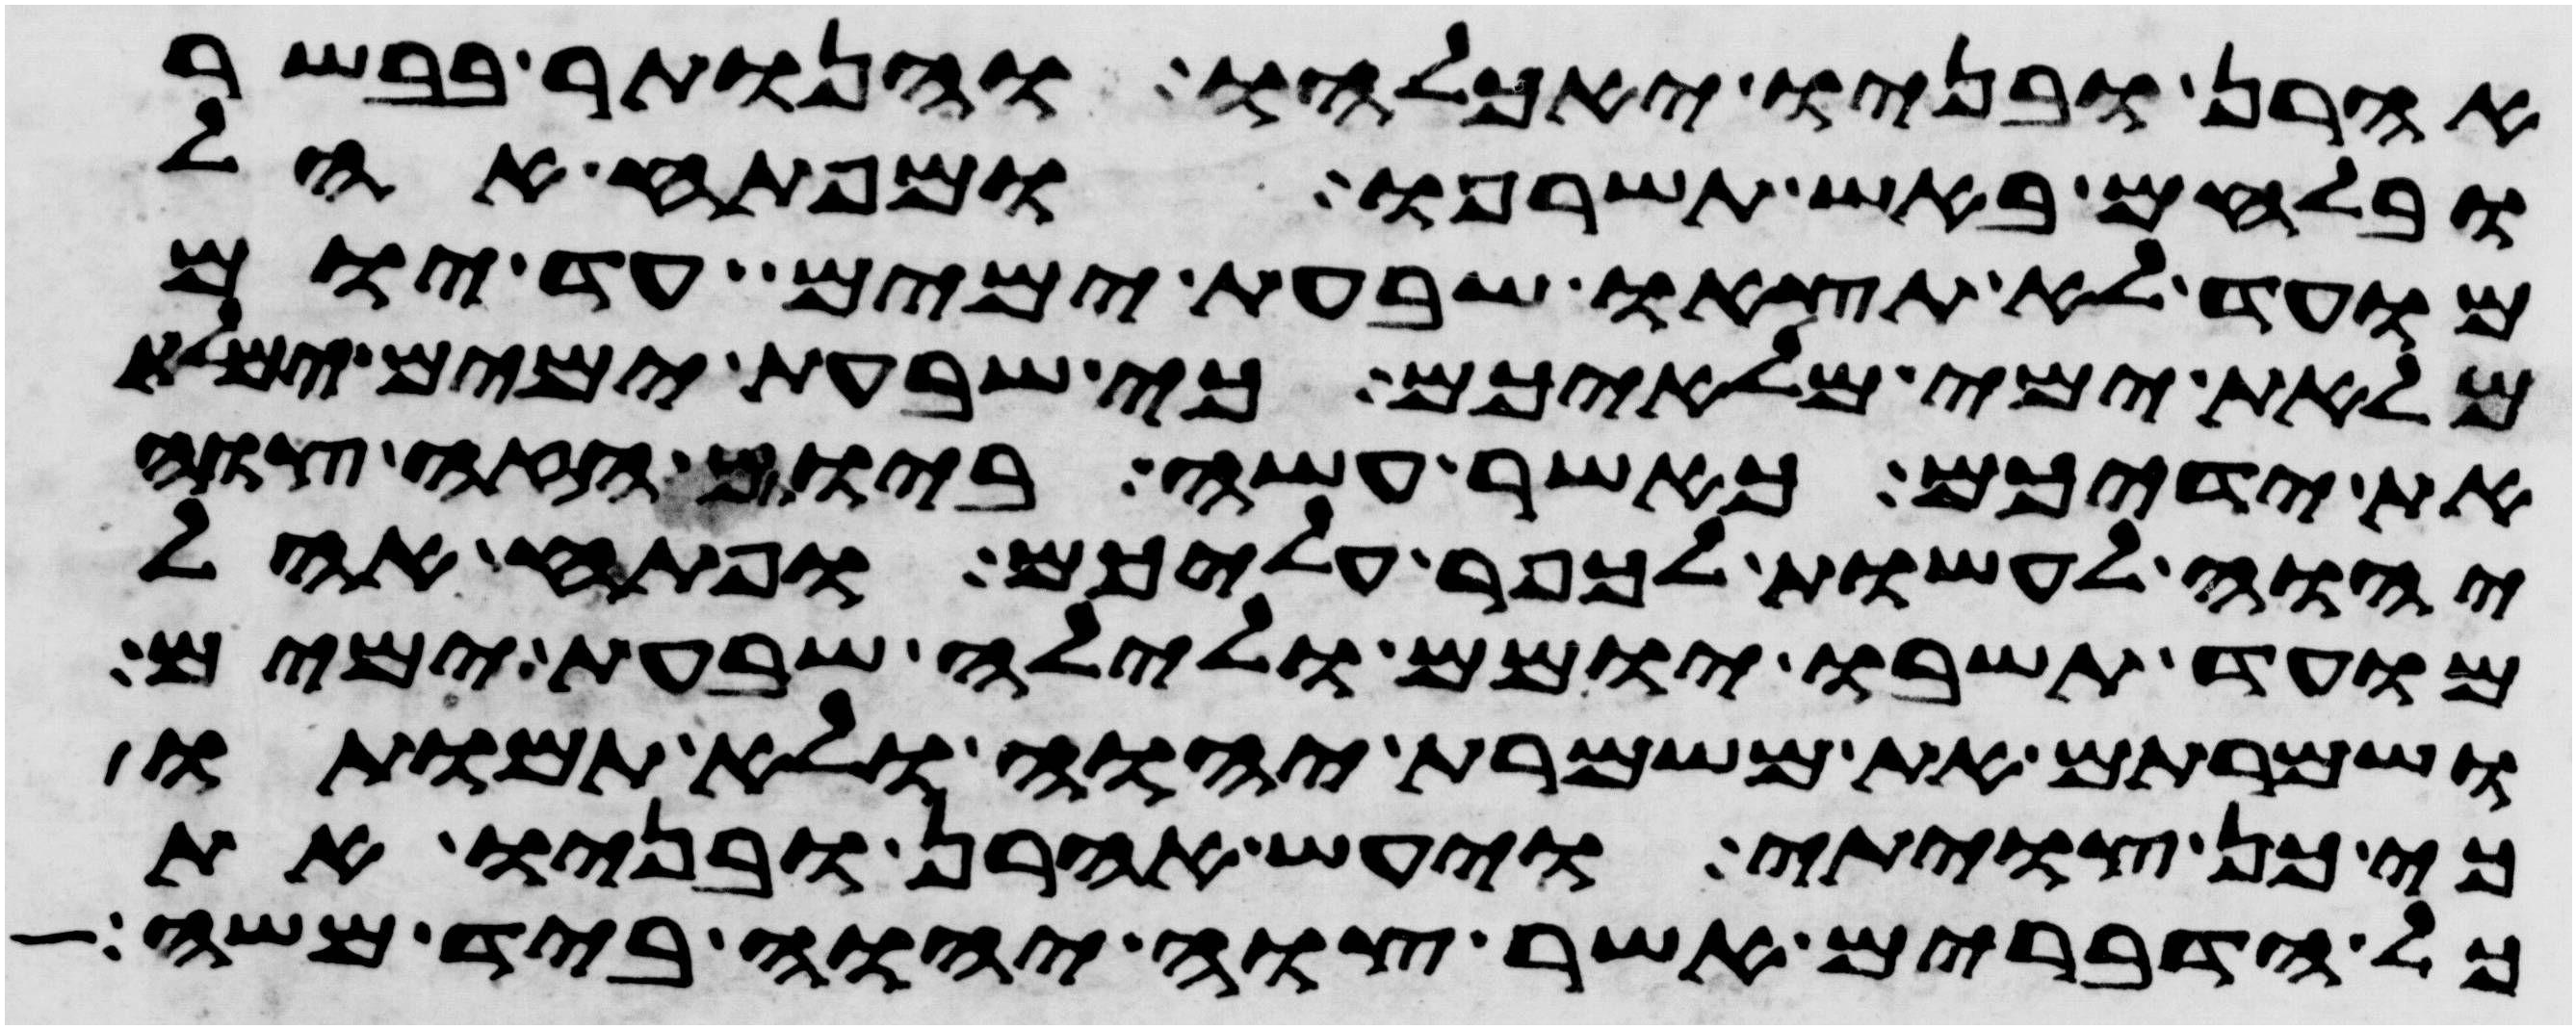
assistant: אהרן ובניו יאכלהו והנותר בבשר
ובלחם באש תשרפו ומפתח אהל
מועד לא תצאו שבעת ימים עד יום
מלאת ימי מלאיכם כי שבעת ימים ימלא
את ידיכם כאשר עשה ביום הזה צוה
יהוה לעשות לכפר עליכם ופתח אהל
מועד תשבו יומם ולילה שבעת ימים
ושמרתם את משמרת יהוה ולא תמותו
כי כן צויתי ויעש אהרן ובניו את
כל הדברים אשר צוה יהוה ביד משה